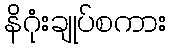
နိဂုံးချုပ်စကား